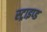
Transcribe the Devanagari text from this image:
स्ट्राइप्ड